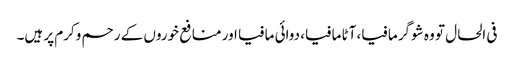
فی الحال تو وہ شوگر مافیا، آٹا مافیا، دوائی مافیا اور منافع خوروں کے رحم وکرم پر ہیں۔